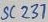
Text: SC237